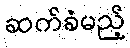
ဆက်ခံမည့်